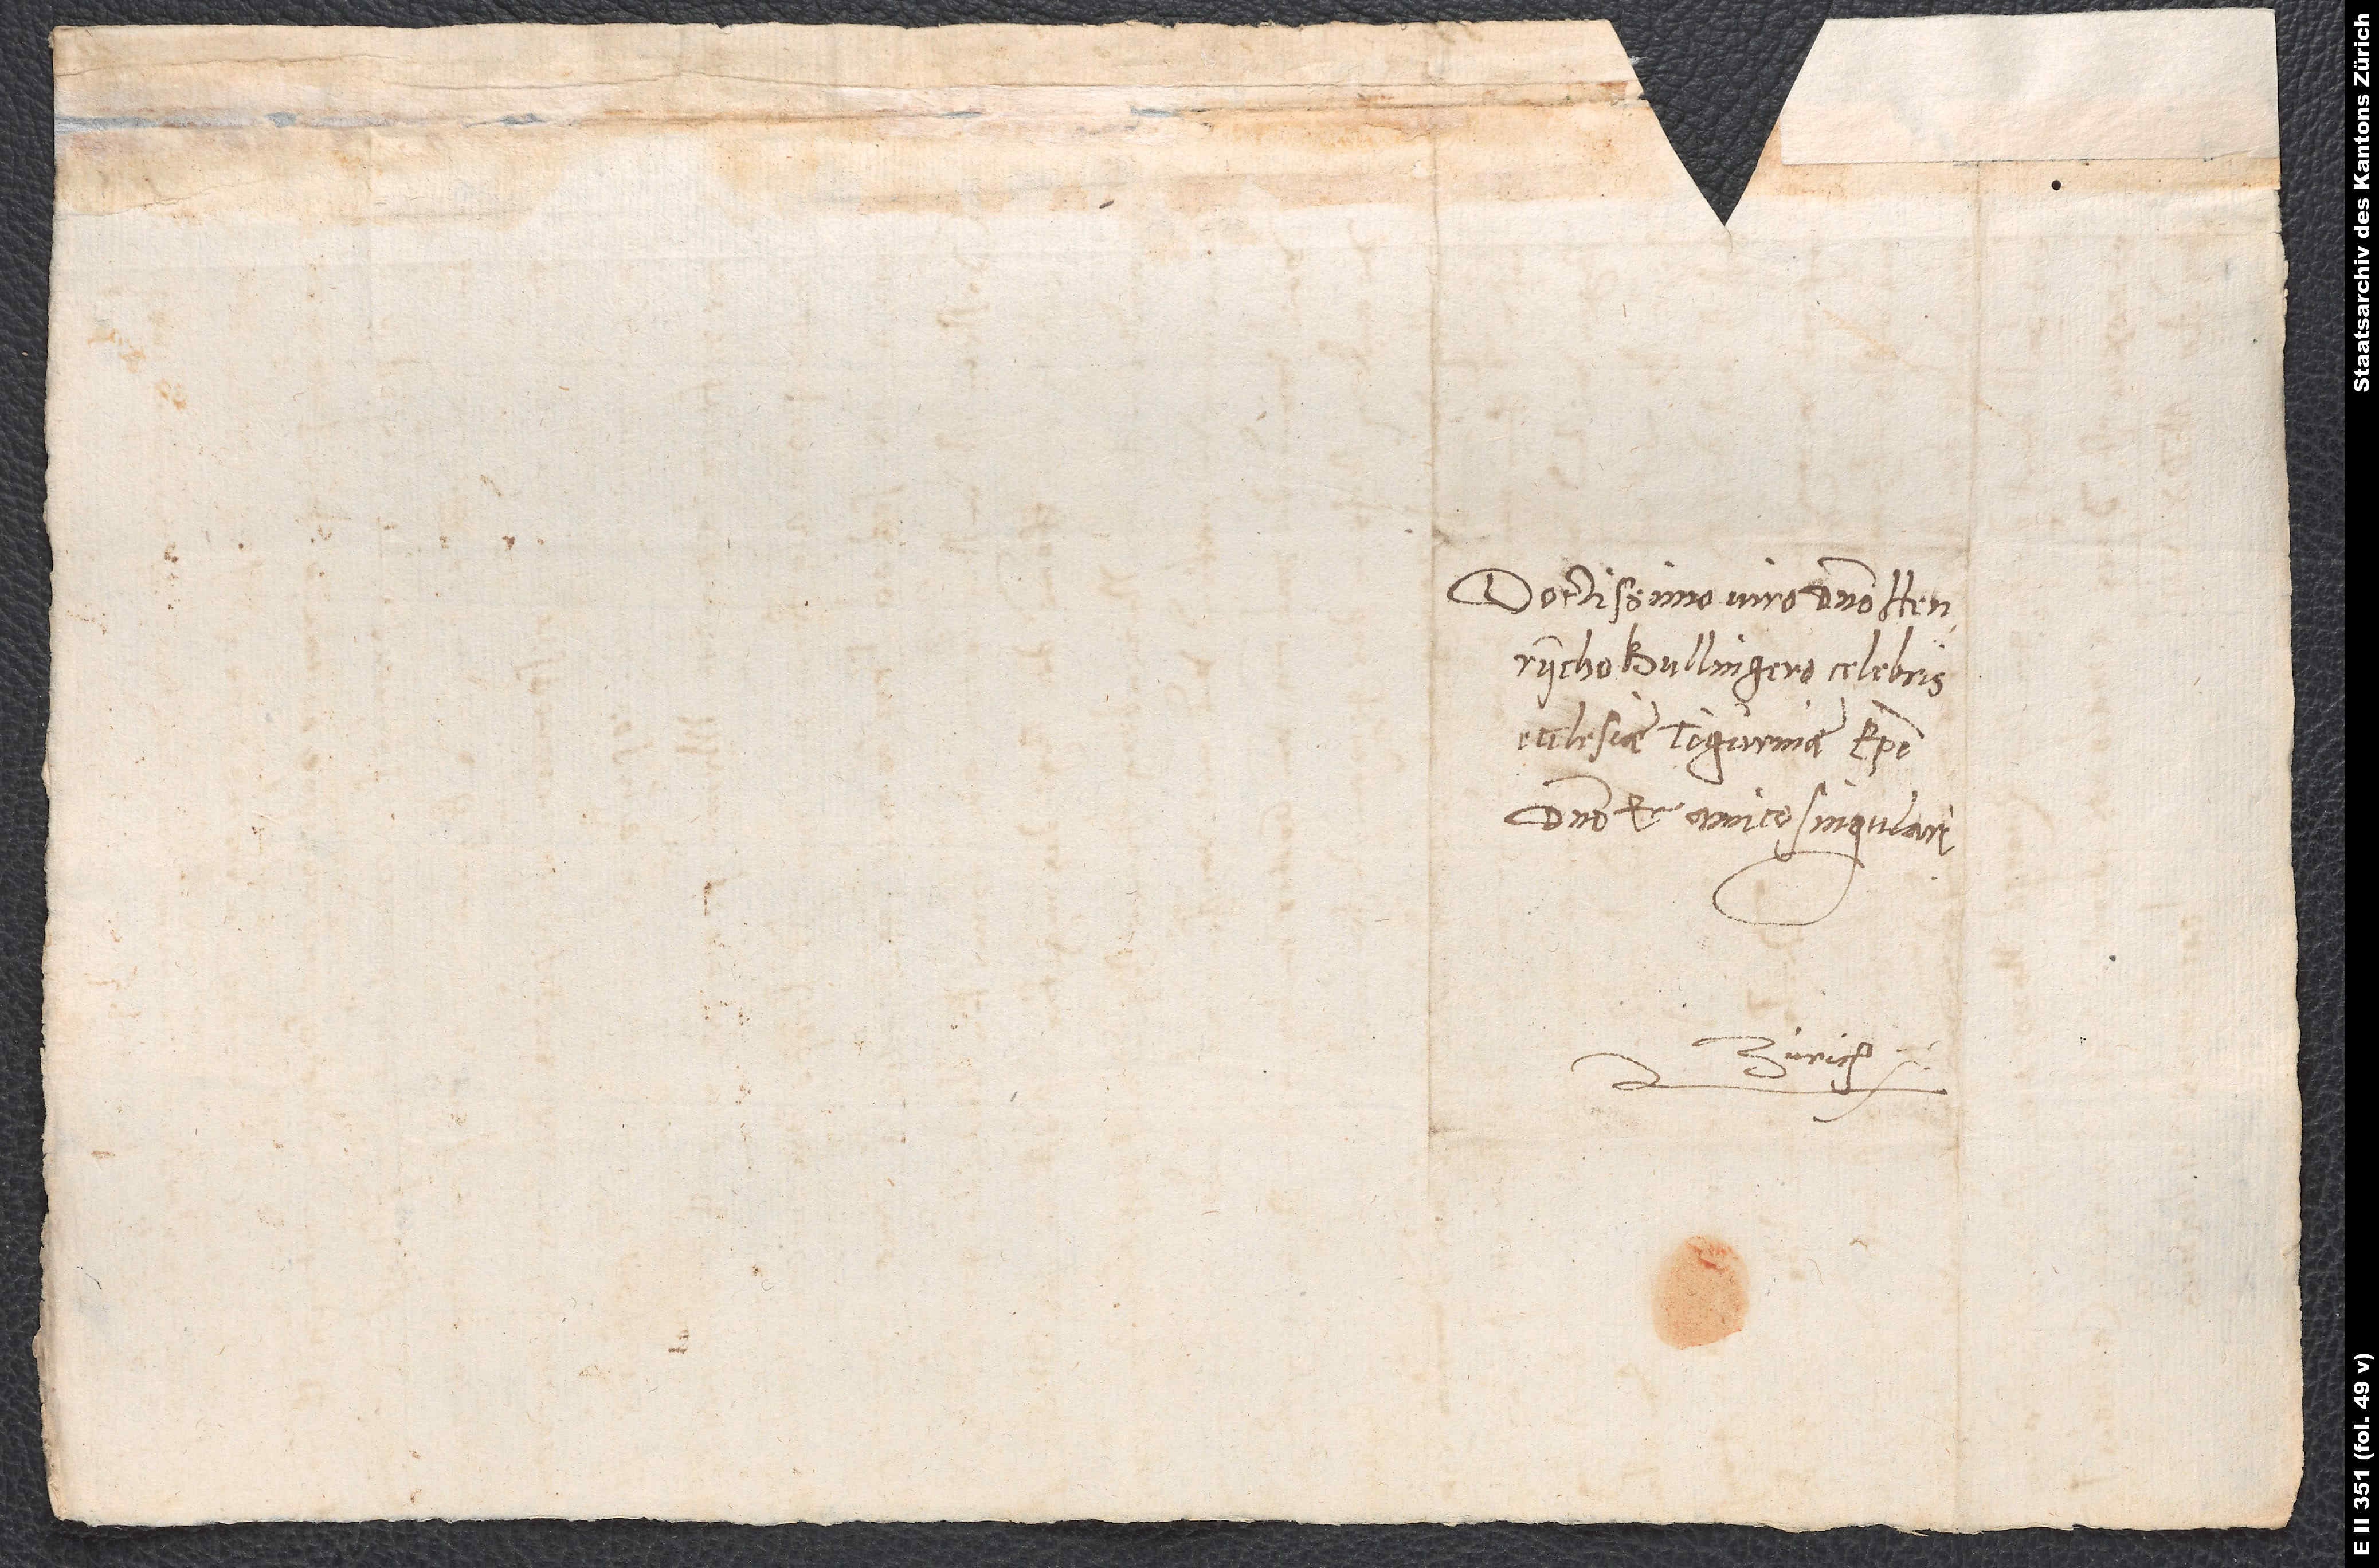
Doctissimo viro domino Heinrycho
Bullingero, celebris
eclesiae Tigurinae episcopo,
domino et amico singulari.
Zürich.